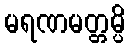
မရဏမတ္တမ္ပိ